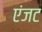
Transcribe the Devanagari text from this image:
एंजट